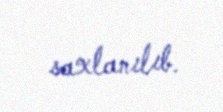
saxlanılıb.